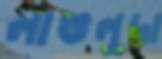
লাভলুদা